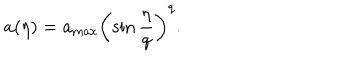
a ( \eta ) = a _ { \mathrm { m a x } } \left( \sin \frac { \eta } { q } \right) ^ { q } .